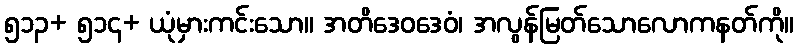
၅၁၃+ ၅၁၄+ ယုံမှားကင်းသော။ အတိဒေဝဒေဝံ၊ အလွန်မြတ်သောလောကနတ်ကို။